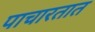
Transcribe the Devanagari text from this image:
पाचारतात